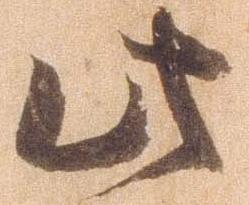
此